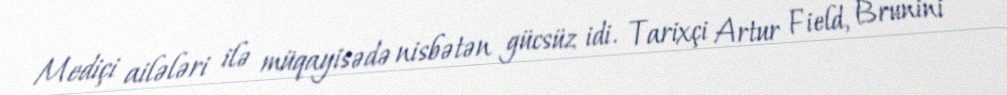
Mediçi ailələri ilə müqayisədə nisbətən gücsüz idi. Tarixçi Artur Field, Brunini